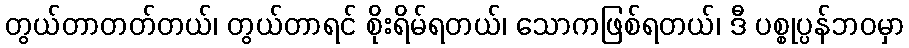
တွယ်တာတတ်တယ်၊ တွယ်တာရင် စိုးရိမ်ရတယ်၊ သောကဖြစ်ရတယ်၊ ဒီ ပစ္စုပ္ပန်ဘဝမှာ